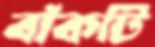
বাঁকটি